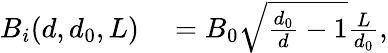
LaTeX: \begin{array}{rl}{B_{i}(d,d_{0},L)}&{{}=B_{0}\sqrt{\frac{d_{0}}{d}-1}\frac{L}{d_{0}},}\end{array}